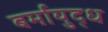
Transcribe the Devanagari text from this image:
बर्मायुद्ध